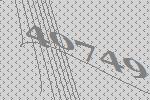
40749